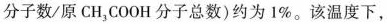
分子数/原CH_{3}COOH分子总数)约为1%。该温度下，